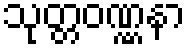
သုတ္တဝဏ္ဏနာ